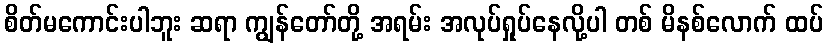
စိတ်မကောင်းပါဘူး ဆရာ ကျွန်တော်တို့ အရမ်း အလုပ်ရှုပ်နေလို့ပါ တစ် မိနစ်လောက် ထပ်